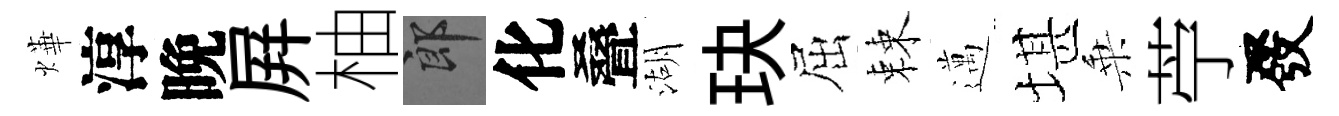
燁淳晚屛柚郎化叠湖玦屈棘邁堪乗苧發